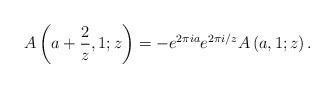
LaTeX: \begin{align*}A\left(a+\frac{2}{z},1;z\right)=-e^{2\pi i a}e^{2\pi i/z}A\left(a,1;z\right).\end{align*}